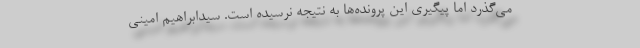
می‌گذرد اما پیگیری این پرونده‌ها به نتیجه نرسیده است. سیدابراهیم امینی